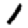
Digit: 1